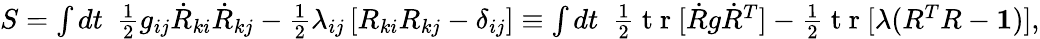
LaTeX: \begin{array}{r}{S=\int dt~~\frac 12g_{ij}\dot{R}_{ki}\dot{R}_{kj}-\frac 12\lambda_{ij}\left[R_{ki}R_{kj}-\delta_{ij}\right]\equiv\int dt~~\frac 12\mathrm{~t~r~}[{\dot{R}g\dot{R}^{T}]-\frac 12\mathrm{~t~r~}[\lambda(R^{T}R-{\mathbf 1})}],}\end{array}